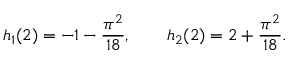
h _ { 1 } ( 2 ) = - 1 - { \frac { \pi ^ { 2 } } { 1 8 } } , \qquad h _ { 2 } ( 2 ) = 2 + { \frac { \pi ^ { 2 } } { 1 8 } } .